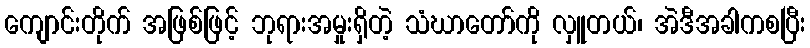
ကျောင်းတိုက် အဖြစ်ဖြင့် ဘုရားအမှုးရှိတဲ့ သံဃာတော်ကို လှူတယ်၊ အဲဒီအခါကစပြီး